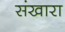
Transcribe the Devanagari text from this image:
संखारा